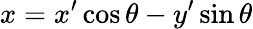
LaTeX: x=x^{\prime}\cos\theta-y^{\prime}\sin\theta